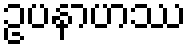
ဥပနာဟဿ